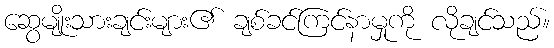
ဆွေမျိုးသားချင်းများ၏ ချစ်ခင်ကြင်နာမှုကို လိုချင်သည်။